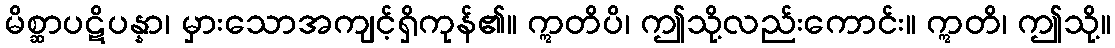
မိစ္ဆာပဋိပန္နာ၊ မှားသောအကျင့်ရှိကုန်၏။ ဣတိပိ၊ ဤသို့လည်းကောင်း။ ဣတိ၊ ဤသို့။